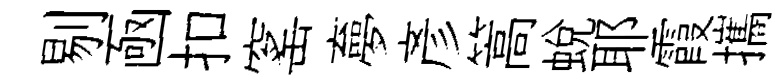
剔凾扣窰夣彥篙蛻耶霞攜